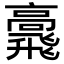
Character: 𩙷